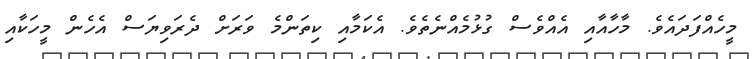
މީހެއްފަދައެވެ. މާހާއާއި އެއްވެސް ގުޅުމެއްނެތެވެ. އެކަމާއި ކިތަންމެ ވަރަށް ދެރަވިޔަސް އެހެން މީހަކާއި